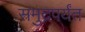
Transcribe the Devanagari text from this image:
समुद्रपर्यंत